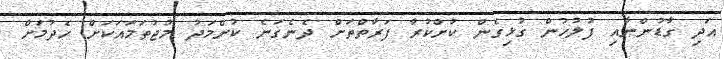
އަދި ގާޑުންނާއި ފުލުހުން ގުޅިގެން ކުށްކުރާ ފަރާތްތަށް ދެނެގަނެ ކުށްމަދު މުޖުތަމައަކަށް ހެދުމަށް